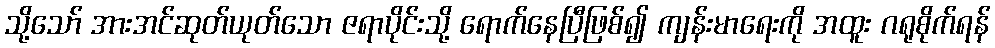
သို့သော် အားအင်ဆုတ်ယုတ်သော ဇရာပိုင်းသို့ ရောက်နေပြီဖြစ်၍ ကျန်းမာရေးကို အထူး ဂရုစိုက်ရန်